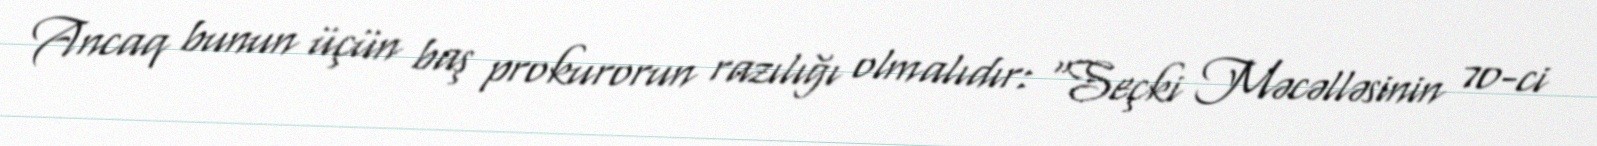
Ancaq bunun üçün baş prokurorun razılığı olmalıdır: “Seçki Məcəlləsinin 70-ci